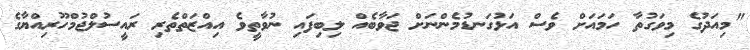
"މިއަދުގެ މިވަގުތާ ހަމައަށް ވެސް އަޅުގަނޑުމެންނަށް ޖަވާބެއް ލިބިފައި ނުވާތީވެ އިއްޒަތްތެރި ރައީސުލްޖުމްހޫރިއްޔާގެ